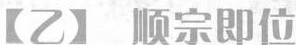
【乙】顺宗即位